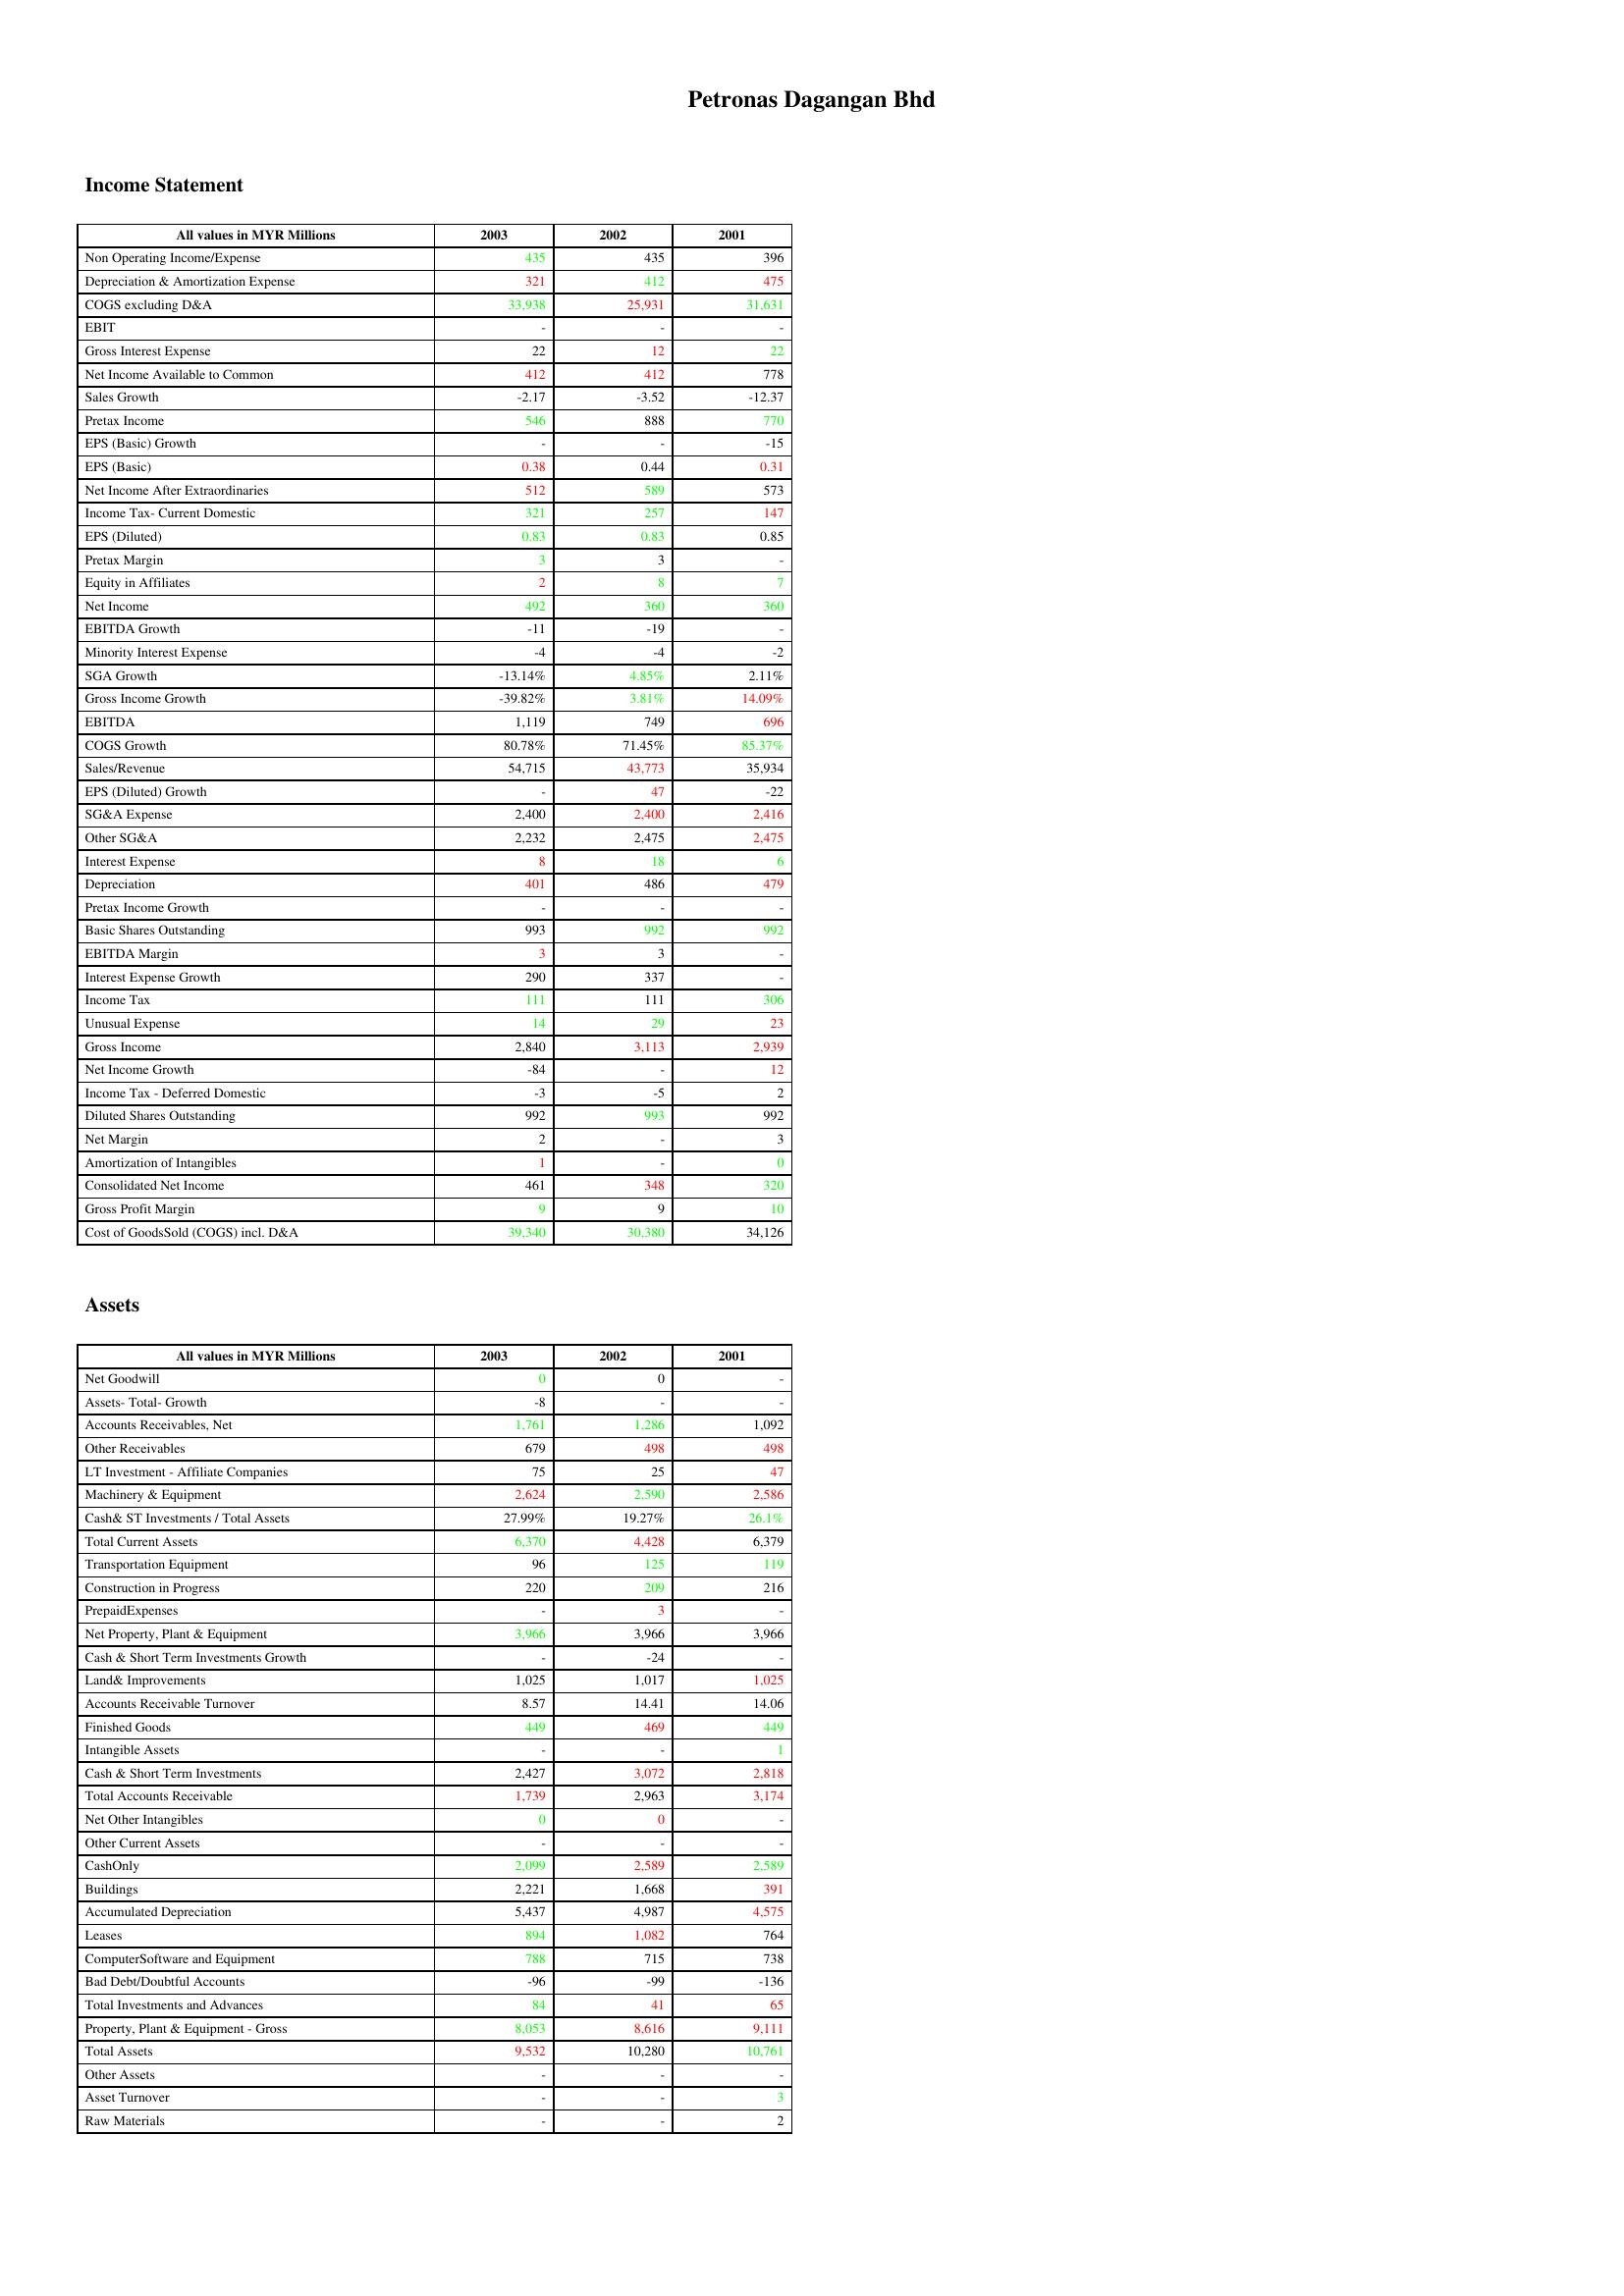
gt_parse: 2003: Income Statement: Non Operating Income/Expense: 435
Depreciation & Amortization Expense: 321
COGS excluding D&A: 33,938
EBIT: -
Gross Interest Expense: 22
Net Income Available to Common: 412
Sales Growth: -2.17
Pretax Income: 546
EPS (Basic) Growth: -
EPS (Basic): 0.38
Net Income After Extraordinaries: 512
Income Tax- Current Domestic: 321
EPS (Diluted): 0.83
Pretax Margin: 3
Equity in Affiliates: 2
Net Income: 492
EBITDA Growth: -11
Minority Interest Expense: -4
SGA Growth: -13.14%
Gross Income Growth: -39.82%
EBITDA: 1,119
COGS Growth: 80.78%
Sales/Revenue: 54,715
EPS (Diluted) Growth: -
SG&A Expense: 2,400
Other SG&A: 2,232
Interest Expense: 8
Depreciation: 401
Pretax Income Growth: -
Basic Shares Outstanding: 993
EBITDA Margin: 3
Interest Expense Growth: 290
Income Tax: 111
Unusual Expense: 14
Gross Income: 2,840
Net Income Growth: -84
Income Tax - Deferred Domestic: -3
Diluted Shares Outstanding: 992
Net Margin: 2
Amortization of Intangibles: 1
Consolidated Net Income: 461
Gross Profit Margin: 9
Cost of GoodsSold (COGS) incl. D&A: 39,340
Assets: Net Goodwill: 0
Assets- Total- Growth: -8
Accounts Receivables, Net: 1,761
Other Receivables: 679
LT Investment - Affiliate Companies: 75
Machinery & Equipment: 2,624
Cash& ST Investments / Total Assets: 27.99%
Total Current Assets: 6,370
Transportation Equipment: 96
Construction in Progress: 220
PrepaidExpenses: -
Net Property, Plant & Equipment: 3,966
Cash & Short Term Investments Growth: -
Land& Improvements: 1,025
Accounts Receivable Turnover: 8.57
Finished Goods: 449
Intangible Assets: -
Cash & Short Term Investments: 2,427
Total Accounts Receivable: 1,739
Net Other Intangibles: 0
Other Current Assets: -
CashOnly: 2,099
Buildings: 2,221
Accumulated Depreciation: 5,437
Leases: 894
ComputerSoftware and Equipment: 788
Bad Debt/Doubtful Accounts: -96
Total Investments and Advances: 84
Property, Plant & Equipment - Gross : 8,053
Total Assets: 9,532
Other Assets: -
Asset Turnover: -
Raw Materials: -
2002: Income Statement: Non Operating Income/Expense: 435
Depreciation & Amortization Expense: 412
COGS excluding D&A: 25,931
EBIT: -
Gross Interest Expense: 12
Net Income Available to Common: 412
Sales Growth: -3.52
Pretax Income: 888
EPS (Basic) Growth: -
EPS (Basic): 0.44
Net Income After Extraordinaries: 589
Income Tax- Current Domestic: 257
EPS (Diluted): 0.83
Pretax Margin: 3
Equity in Affiliates: 8
Net Income: 360
EBITDA Growth: -19
Minority Interest Expense: -4
SGA Growth: 4.85%
Gross Income Growth: 3.81%
EBITDA: 749
COGS Growth: 71.45%
Sales/Revenue: 43,773
EPS (Diluted) Growth: 47
SG&A Expense: 2,400
Other SG&A: 2,475
Interest Expense: 18
Depreciation: 486
Pretax Income Growth: -
Basic Shares Outstanding: 992
EBITDA Margin: 3
Interest Expense Growth: 337
Income Tax: 111
Unusual Expense: 29
Gross Income: 3,113
Net Income Growth: -
Income Tax - Deferred Domestic: -5
Diluted Shares Outstanding: 993
Net Margin: -
Amortization of Intangibles: -
Consolidated Net Income: 348
Gross Profit Margin: 9
Cost of GoodsSold (COGS) incl. D&A: 30,380
Assets: Net Goodwill: 0
Assets- Total- Growth: -
Accounts Receivables, Net: 1,286
Other Receivables: 498
LT Investment - Affiliate Companies: 25
Machinery & Equipment: 2,590
Cash& ST Investments / Total Assets: 19.27%
Total Current Assets: 4,428
Transportation Equipment: 125
Construction in Progress: 209
PrepaidExpenses: 3
Net Property, Plant & Equipment: 3,966
Cash & Short Term Investments Growth: -24
Land& Improvements: 1,017
Accounts Receivable Turnover: 14.41
Finished Goods: 469
Intangible Assets: -
Cash & Short Term Investments: 3,072
Total Accounts Receivable: 2,963
Net Other Intangibles: 0
Other Current Assets: -
CashOnly: 2,589
Buildings: 1,668
Accumulated Depreciation: 4,987
Leases: 1,082
ComputerSoftware and Equipment: 715
Bad Debt/Doubtful Accounts: -99
Total Investments and Advances: 41
Property, Plant & Equipment - Gross : 8,616
Total Assets: 10,280
Other Assets: -
Asset Turnover: -
Raw Materials: -
2001: Income Statement: Non Operating Income/Expense: 396
Depreciation & Amortization Expense: 475
COGS excluding D&A: 31,631
EBIT: -
Gross Interest Expense: 22
Net Income Available to Common: 778
Sales Growth: -12.37
Pretax Income: 770
EPS (Basic) Growth: -15
EPS (Basic): 0.31
Net Income After Extraordinaries: 573
Income Tax- Current Domestic: 147
EPS (Diluted): 0.85
Pretax Margin: -
Equity in Affiliates: 7
Net Income: 360
EBITDA Growth: -
Minority Interest Expense: -2
SGA Growth: 2.11%
Gross Income Growth: 14.09%
EBITDA: 696
COGS Growth: 85.37%
Sales/Revenue: 35,934
EPS (Diluted) Growth: -22
SG&A Expense: 2,416
Other SG&A: 2,475
Interest Expense: 6
Depreciation: 479
Pretax Income Growth: -
Basic Shares Outstanding: 992
EBITDA Margin: -
Interest Expense Growth: -
Income Tax: 306
Unusual Expense: 23
Gross Income: 2,939
Net Income Growth: 12
Income Tax - Deferred Domestic: 2
Diluted Shares Outstanding: 992
Net Margin: 3
Amortization of Intangibles: 0
Consolidated Net Income: 320
Gross Profit Margin: 10
Cost of GoodsSold (COGS) incl. D&A: 34,126
Assets: Net Goodwill: -
Assets- Total- Growth: -
Accounts Receivables, Net: 1,092
Other Receivables: 498
LT Investment - Affiliate Companies: 47
Machinery & Equipment: 2,586
Cash& ST Investments / Total Assets: 26.1%
Total Current Assets: 6,379
Transportation Equipment: 119
Construction in Progress: 216
PrepaidExpenses: -
Net Property, Plant & Equipment: 3,966
Cash & Short Term Investments Growth: -
Land& Improvements: 1,025
Accounts Receivable Turnover: 14.06
Finished Goods: 449
Intangible Assets: 1
Cash & Short Term Investments: 2,818
Total Accounts Receivable: 3,174
Net Other Intangibles: -
Other Current Assets: -
CashOnly: 2,589
Buildings: 391
Accumulated Depreciation: 4,575
Leases: 764
ComputerSoftware and Equipment: 738
Bad Debt/Doubtful Accounts: -136
Total Investments and Advances: 65
Property, Plant & Equipment - Gross : 9,111
Total Assets: 10,761
Other Assets: -
Asset Turnover: 3
Raw Materials: 2